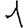
Digit: 1